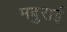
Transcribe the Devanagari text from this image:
मबुराई